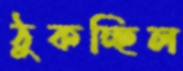
ঠুকচ্ছিল